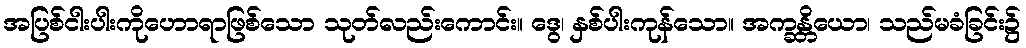
အပြစ်ငါးပါးကိုဟောရာဖြစ်သော သုတ်လည်းကောင်း။ ဒွေ၊ နှစ်ပါးကုန်သော။ အက္ခန္တိယော၊ သည်မခံခြင်း၌